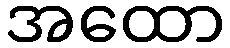
အထော